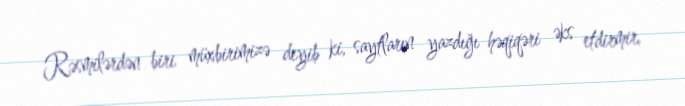
Rəsmilərdən biri müxbirimizə deyib ki, saytların yazdığı həqiqəri əks etdirmir,